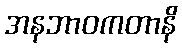
အနဘာဝကတာနိ